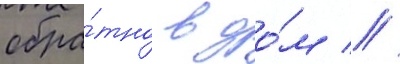
обра́тно в до́м //